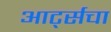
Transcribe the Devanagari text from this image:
आर्ट्सचा